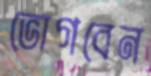
ভোগবেন